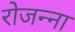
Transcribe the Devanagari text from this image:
रोजन्ना